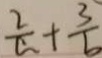
\frac { 2 } { a } + \frac { 3 } { b }